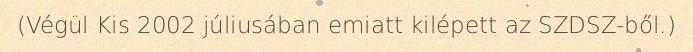
(Végül Kis 2002 júliusában emiatt kilépett az SZDSZ-ből.)